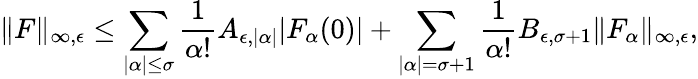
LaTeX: \| F\| _{\infty,\epsilon}\leq\sum_{|\alpha|\leq\sigma}\frac{1}{\alpha!}A_{\epsilon,|\alpha|}|F_{\alpha}(0)|+\sum_{|\alpha|=\sigma+1}\frac{1}{\alpha!}B_{\epsilon,\sigma+1}\| F_{\alpha}\| _{\infty,\epsilon},